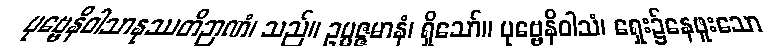
ပုဗ္ဗေနိဝါသာနုဿတိဉာဏံ၊ သည်။ ဥပ္ပဇ္ဇမာနံ၊ ရှိသော်။ ပုဗ္ဗေနိဝါသံ၊ ရှေး၌နေဖူးသော